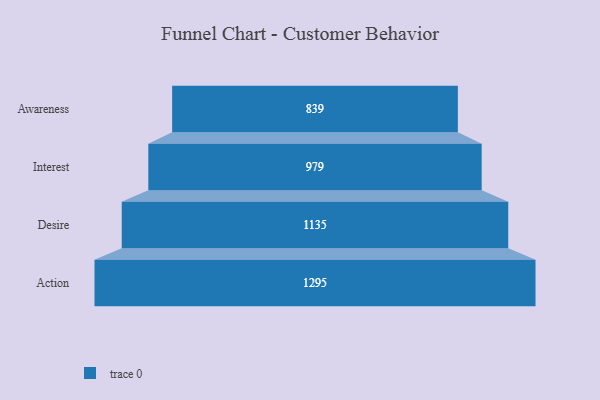
{"axis": {"x": "Stage", "y": "Value"}, "legend": [""], "data": [{"x": "Awareness", "y": 839.0, "type": ""}, {"x": "Interest", "y": 979.0, "type": ""}, {"x": "Desire", "y": 1135.0, "type": ""}, {"x": "Action", "y": 1295.0, "type": ""}]}